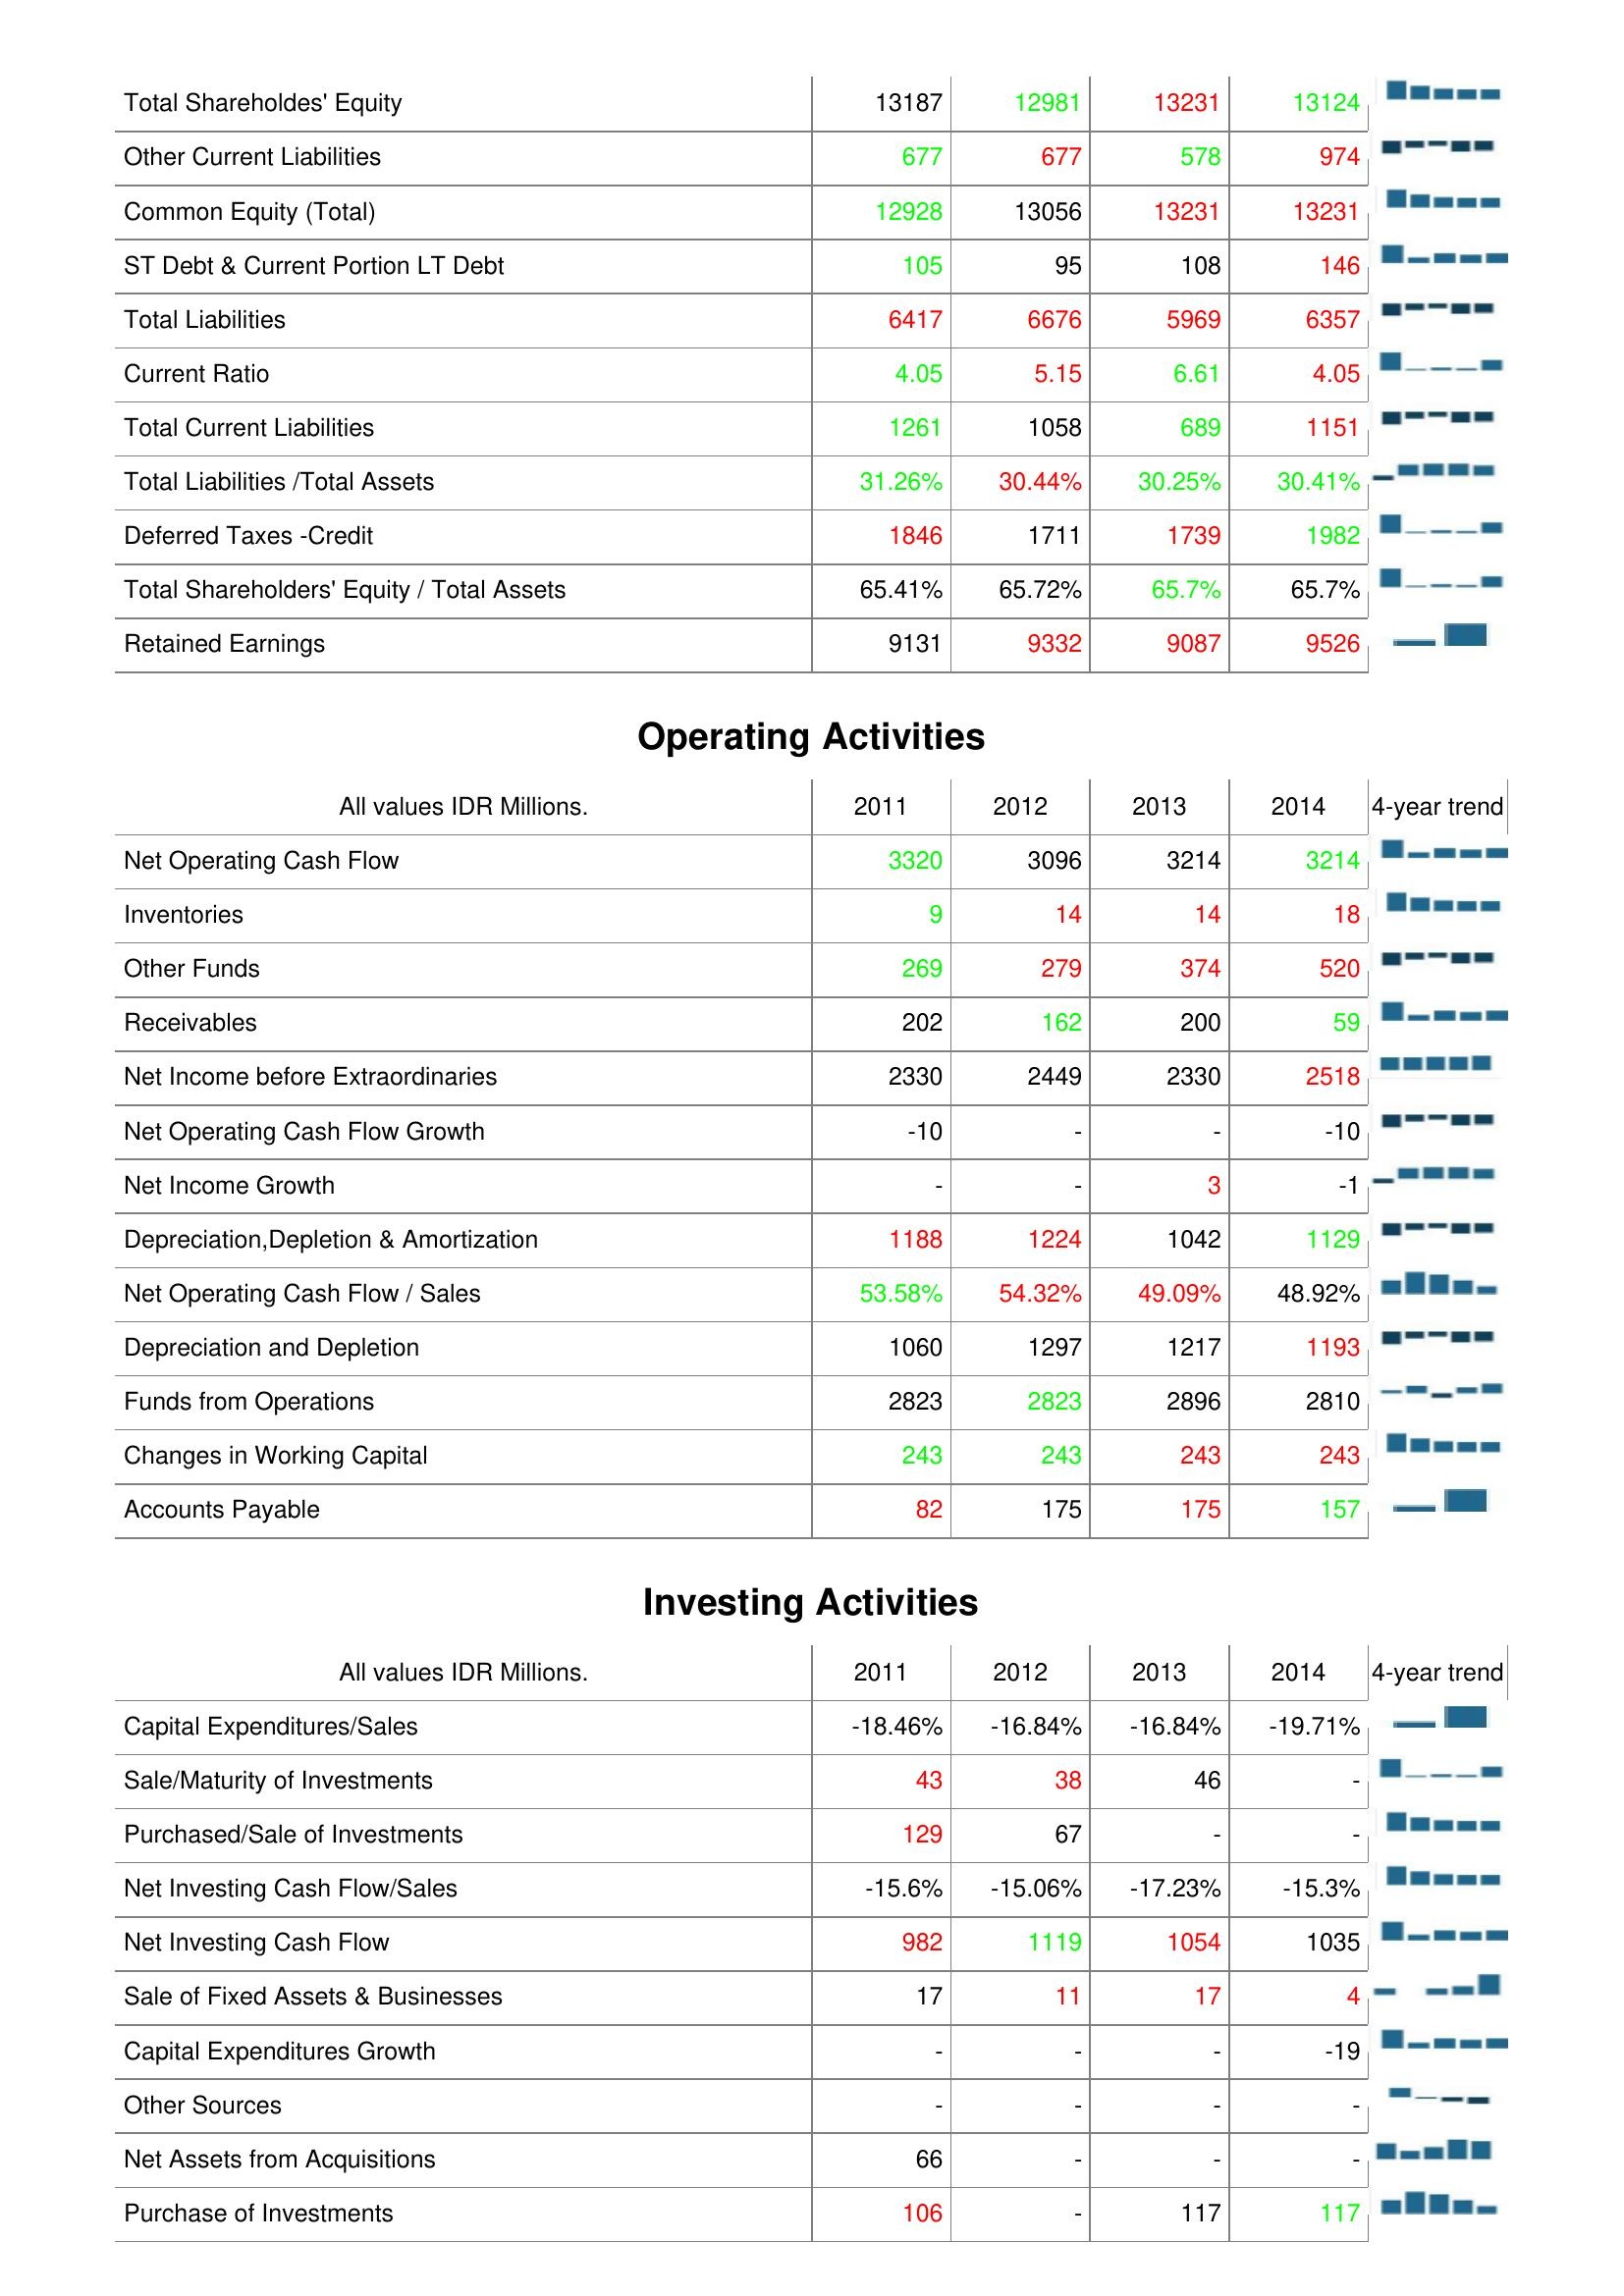
2011: Liabilities & Shareholder's Equity: Total Shareholdes' Equity: 13187
Other Current Liabilities: 677
Common Equity (Total): 12928
ST Debt & Current Portion LT Debt: 105
Total Liabilities: 6417
Current Ratio: 4.05
Total Current Liabilities: 1261
Total Liabilities /Total Assets: 31.26%
Deferred Taxes -Credit: 1846
Total Shareholders' Equity / Total Assets: 65.41%
Retained Earnings: 9131
Operating Activities: Net Operating Cash Flow: 3320
Inventories: 9
Other Funds: 269
Receivables: 202
Net Income before Extraordinaries: 2330
Net Operating Cash Flow Growth: -10
Net Income Growth: -
Depreciation,Depletion & Amortization: 1188
Net Operating Cash Flow / Sales: 53.58%
Depreciation and Depletion: 1060
Funds from Operations: 2823
Changes in Working Capital: 243
Accounts Payable: 82
Investing Activities: Capital Expenditures/Sales: -18.46%
Sale/Maturity of Investments: 43
Purchased/Sale of Investments: 129
Net Investing Cash Flow/Sales: -15.6%
Net Investing Cash Flow: 982
Sale of Fixed Assets & Businesses: 17
Capital Expenditures Growth: -
Other Sources: -
Net Assets from Acquisitions: 66
Purchase of Investments: 106
2012: Liabilities & Shareholder's Equity: Total Shareholdes' Equity: 12981
Other Current Liabilities: 677
Common Equity (Total): 13056
ST Debt & Current Portion LT Debt: 95
Total Liabilities: 6676
Current Ratio: 5.15
Total Current Liabilities: 1058
Total Liabilities /Total Assets: 30.44%
Deferred Taxes -Credit: 1711
Total Shareholders' Equity / Total Assets: 65.72%
Retained Earnings: 9332
Operating Activities: Net Operating Cash Flow: 3096
Inventories: 14
Other Funds: 279
Receivables: 162
Net Income before Extraordinaries: 2449
Net Operating Cash Flow Growth: -
Net Income Growth: -
Depreciation,Depletion & Amortization: 1224
Net Operating Cash Flow / Sales: 54.32%
Depreciation and Depletion: 1297
Funds from Operations: 2823
Changes in Working Capital: 243
Accounts Payable: 175
Investing Activities: Capital Expenditures/Sales: -16.84%
Sale/Maturity of Investments: 38
Purchased/Sale of Investments: 67
Net Investing Cash Flow/Sales: -15.06%
Net Investing Cash Flow: 1119
Sale of Fixed Assets & Businesses: 11
Capital Expenditures Growth: -
Other Sources: -
Net Assets from Acquisitions: -
Purchase of Investments: -
2013: Liabilities & Shareholder's Equity: Total Shareholdes' Equity: 13231
Other Current Liabilities: 578
Common Equity (Total): 13231
ST Debt & Current Portion LT Debt: 108
Total Liabilities: 5969
Current Ratio: 6.61
Total Current Liabilities: 689
Total Liabilities /Total Assets: 30.25%
Deferred Taxes -Credit: 1739
Total Shareholders' Equity / Total Assets: 65.7%
Retained Earnings: 9087
Operating Activities: Net Operating Cash Flow: 3214
Inventories: 14
Other Funds: 374
Receivables: 200
Net Income before Extraordinaries: 2330
Net Operating Cash Flow Growth: -
Net Income Growth: 3
Depreciation,Depletion & Amortization: 1042
Net Operating Cash Flow / Sales: 49.09%
Depreciation and Depletion: 1217
Funds from Operations: 2896
Changes in Working Capital: 243
Accounts Payable: 175
Investing Activities: Capital Expenditures/Sales: -16.84%
Sale/Maturity of Investments: 46
Purchased/Sale of Investments: -
Net Investing Cash Flow/Sales: -17.23%
Net Investing Cash Flow: 1054
Sale of Fixed Assets & Businesses: 17
Capital Expenditures Growth: -
Other Sources: -
Net Assets from Acquisitions: -
Purchase of Investments: 117
2014: Liabilities & Shareholder's Equity: Total Shareholdes' Equity: 13124
Other Current Liabilities: 974
Common Equity (Total): 13231
ST Debt & Current Portion LT Debt: 146
Total Liabilities: 6357
Current Ratio: 4.05
Total Current Liabilities: 1151
Total Liabilities /Total Assets: 30.41%
Deferred Taxes -Credit: 1982
Total Shareholders' Equity / Total Assets: 65.7%
Retained Earnings: 9526
Operating Activities: Net Operating Cash Flow: 3214
Inventories: 18
Other Funds: 520
Receivables: 59
Net Income before Extraordinaries: 2518
Net Operating Cash Flow Growth: -10
Net Income Growth: -1
Depreciation,Depletion & Amortization: 1129
Net Operating Cash Flow / Sales: 48.92%
Depreciation and Depletion: 1193
Funds from Operations: 2810
Changes in Working Capital: 243
Accounts Payable: 157
Investing Activities: Capital Expenditures/Sales: -19.71%
Sale/Maturity of Investments: -
Purchased/Sale of Investments: -
Net Investing Cash Flow/Sales: -15.3%
Net Investing Cash Flow: 1035
Sale of Fixed Assets & Businesses: 4
Capital Expenditures Growth: -19
Other Sources: -
Net Assets from Acquisitions: -
Purchase of Investments: 117